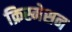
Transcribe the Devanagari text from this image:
क्रिस्मेसन